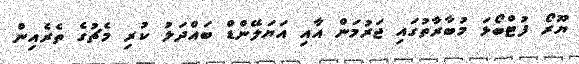
ޔޫރޯ ފުޓްބޯޅަ މުބާރާތުގައި ޖަރުމަން އާއި އަޔަލޭންޑް ބައްދަލު ކުރި މެޗުގެ ތެރެއިން